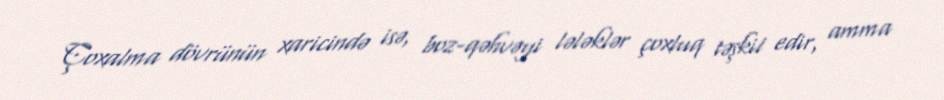
Çoxalma dövrünün xaricində isə, boz-qəhvəyi lələklər çoxluq təşkil edir, amma